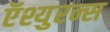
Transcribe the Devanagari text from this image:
ऍश्युरन्स